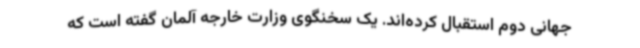
جهانی دوم استقبال کرده‌اند. یک سخنگوی وزارت خارجه آلمان گفته است که